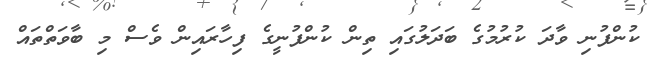
ކުންފުނި ވާދަ ކުރުމުގެ ބަދަލުގައި ތިން ކުންފުނީގެ ފިހާރައިން ވެސް މި ބާވަތްތައް